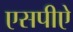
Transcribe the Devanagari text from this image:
एसपीऐ